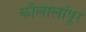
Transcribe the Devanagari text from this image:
कौलालांपूर